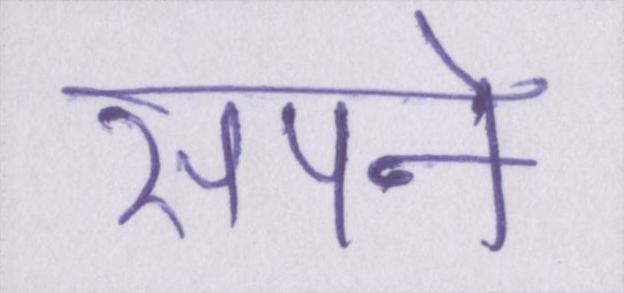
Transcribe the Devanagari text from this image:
सपने